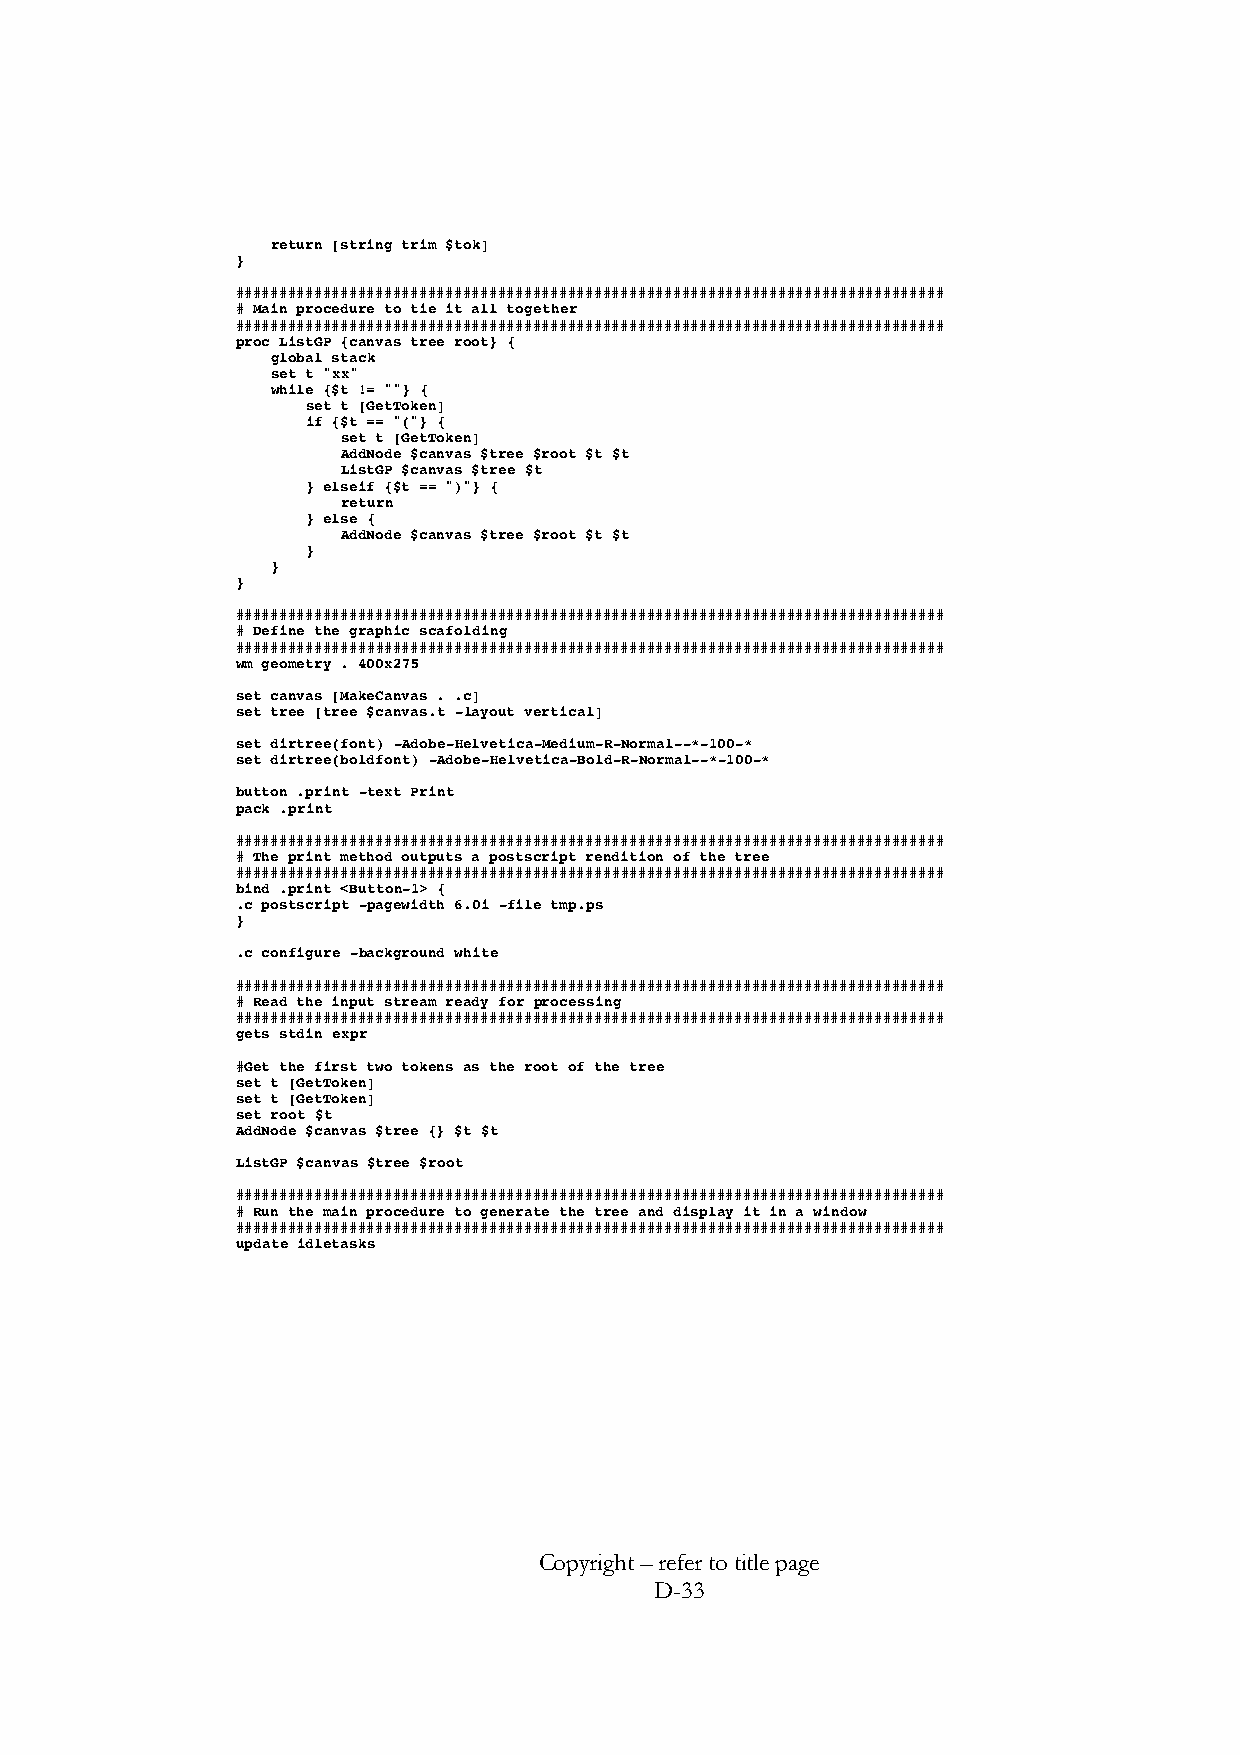
return [string trim $tok]
 }
 #################################################################################
 # Main procedure to tie it all together
 #################################################################################
 proc ListGP {canvas tree root} {
 global stack
 set t "xx"
 while {$t != ""} {
 set t [GetToken]
 if {$t == "("} {
 set t [GetToken]
 AddNode $canvas $tree $root $t $t
 ListGP $canvas $tree $t
 } elseif {$t == ")"} {
 return
 } else {
 AddNode $canvas $tree $root $t $t
 }
 }
 }
 #################################################################################
 # Define the graphic scafolding
 #################################################################################
 wm geometry . 400x275
 set canvas [MakeCanvas . .c]
 set tree [tree $canvas.t -layout vertical]
 set dirtree(font) -Adobe-Helvetica-Medium-R-Normal--*-100-*
 set dirtree(boldfont) -Adobe-Helvetica-Bold-R-Normal--*-100-*
 button .print -text Print
 pack .print
 #################################################################################
 # The print method outputs a postscript rendition of the tree
 #################################################################################
 bind .print <Button-1> {
 .c postscript -pagewidth 6.0i -file tmp.ps
 }
 .c configure -background white
 #################################################################################
 # Read the input stream ready for processing
 #################################################################################
 gets stdin expr
 #Get the first two tokens as the root of the tree
 set t [GetToken]
 set t [GetToken]
 set root $t
 AddNode $canvas $tree {} $t $t
 ListGP $canvas $tree $root
 #################################################################################
 # Run the main procedure to generate the tree and display it in a window
 #################################################################################
 update idletasks
 Copyright – refer to title page
 D-33